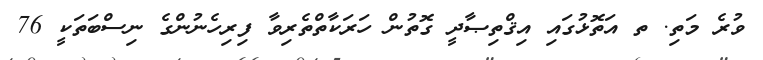
ވުރެ މަތި. ތ އަތޮޅުގައި އިޤްތިޞާދީ ގޮތުން ހަރަކާތްތެރިވާ ފިރިހެނުންގެ ނިސްބަތަކީ 76